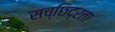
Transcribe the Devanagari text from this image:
सच्छिद्रता